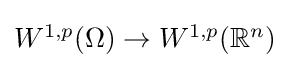
{\textstyle W^{1,p}(\Omega )\to W^{1,p}(\mathbb {R} ^{n})}